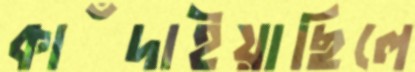
কাঁদাইয়াছিলে